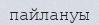
пайлануы